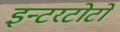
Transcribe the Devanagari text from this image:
इन्टरटोटो